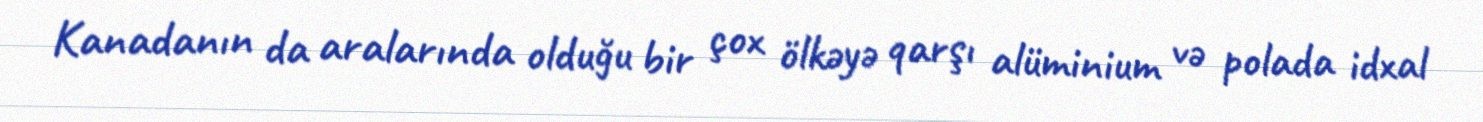
Kanadanın da aralarında olduğu bir çox ölkəyə qarşı alüminium və polada idxal